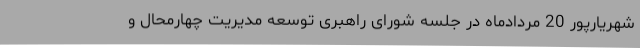
شهریارپور 20 مردادماه در جلسه شورای راهبری توسعه مدیریت چهارمحال و